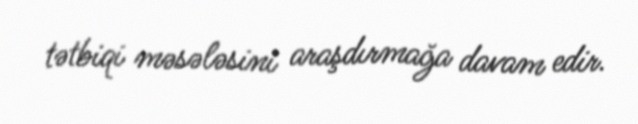
tətbiqi məsələsini araşdırmağa davam edir.